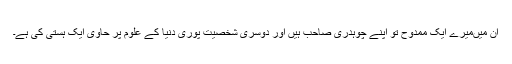
ان میں‌میرے ایک ممدوح تو اپنے چوہدری صاحب ہیں اور دوسری شخصیت پوری دنیا کے علوم پر حاوی ایک ہستی کی ہے۔